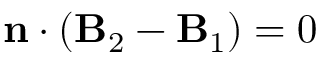
\begin{array} { r l r } { \mathrm { ~ } } & { { } } & { \mathbf { n } \cdot \left( \mathbf { B } _ { 2 } - \mathbf { B } _ { 1 } \right) = 0 } \end{array}